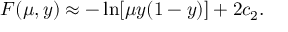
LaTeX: F ( \mu , y ) \approx - \ln [ \mu y ( 1 - y ) ] + 2 c _ { 2 } .